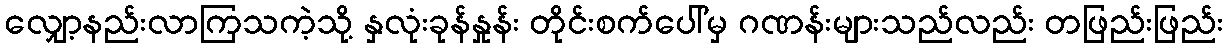
လျှော့နည်းလာကြသကဲ့သို့ နှလုံးခုန်နှုန်း တိုင်းစက်ပေါ်မှ ဂဏန်းများသည်လည်း တဖြည်းဖြည်း